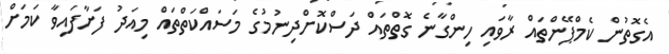
އެގޮތުން ކެމްޕޭންތައް ރާވައި ހިންގާނެ ގޮތްތައް ދަސްކޮށްދިނުމުގެ މަސައްކަތްތައް މިއަދު ފަށާފައިވާ ކަމަށް